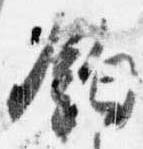
鈎